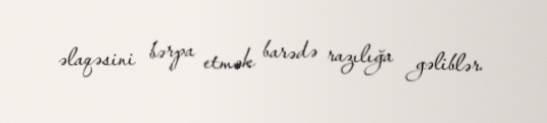
əlaqəsini bərpa etmək barədə razılığa gəliblər.